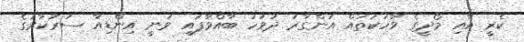
ކެރީ އާއި މޯދީގެ ވާހަކަތައް އަންގާރަ ދުވަހު ބާއްވާފައި ވަނީ އިންޑިއާ ސަރުކާރުގެ